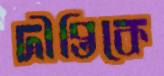
দীপ্তিকে